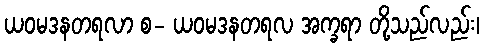
ယဝမဒနတရလာ စ- ယဝမဒနတရလ အက္ခရာ တို့သည်လည်း၊